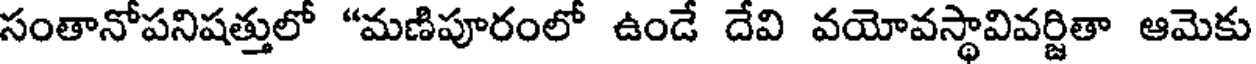
సంతానోపనిషత్తులో "మణిపూరంలో ఉండే దేవి వయోవస్థావివర్జితా ఆమెకు